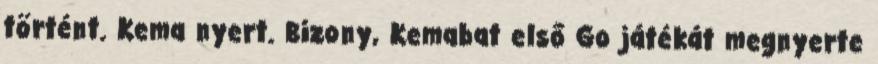
történt. Kema nyert. Bizony, Kemabat első Go játékát megnyerte